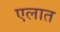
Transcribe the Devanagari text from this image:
एलात